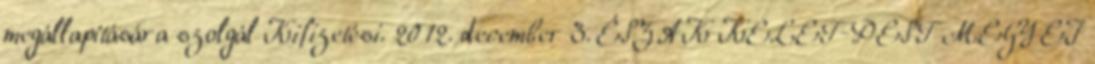
megállapítására szolgál Kifizetési. 2012. december 3. ÉSZAK KELET-PEST MEGYEI